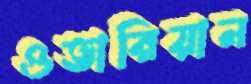
ওভারিয়ান